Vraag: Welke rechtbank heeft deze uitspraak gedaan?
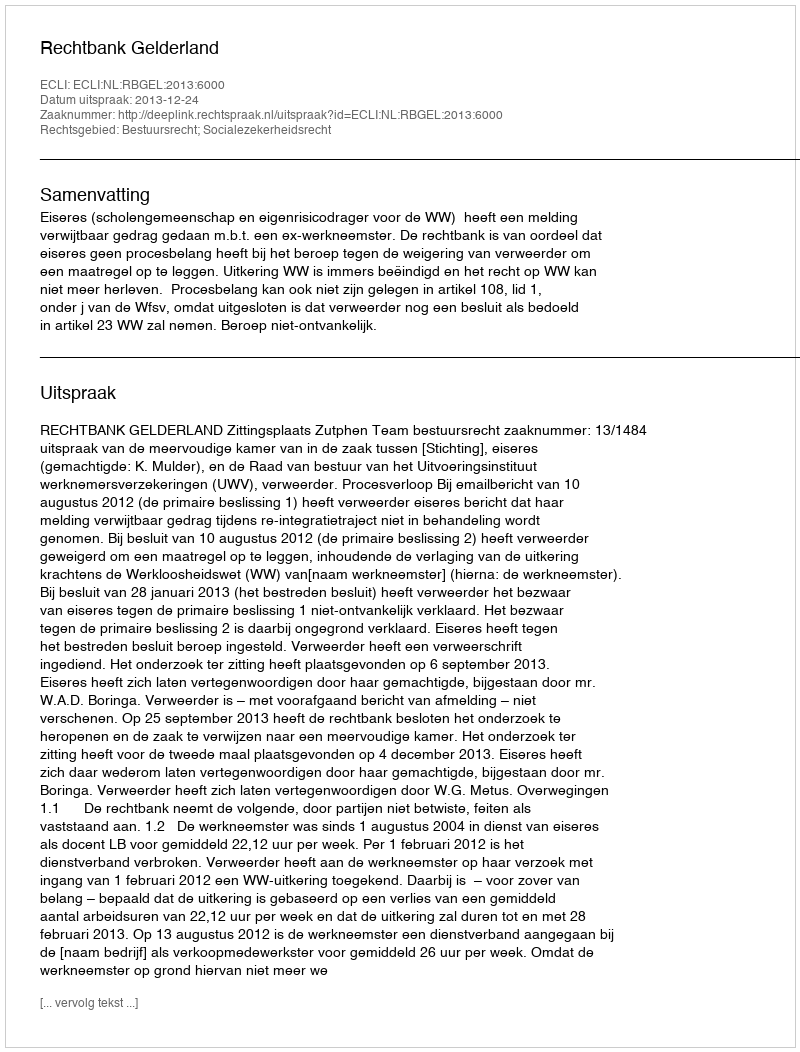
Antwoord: Rechtbank Gelderland